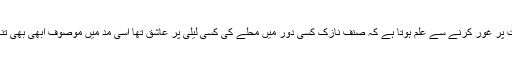
وجوہات پر غور کرنے سے علم ہوتا ہے کہ صنف نازک کسی دور میں محلے کی کسی لیلیٰ پر عاشق تھا اسی مد میں موصوف ابھی بھی تنہا ہے ۔